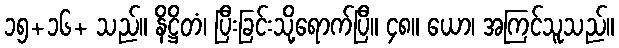
၁၅+၁၆+ သည်။ နိဋ္ဌိတံ၊ ပြီးခြင်းသို့ရောက်ပြီ။ ၄၈။ ယော၊ အကြင်သူသည်။